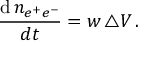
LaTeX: \frac { \mathrm { d } \, n _ { e ^ { + } e ^ { - } } } { d t } = w \, \triangle V \, .